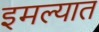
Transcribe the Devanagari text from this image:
इमल्यात